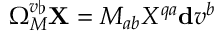
\Omega _ { M } ^ { v \flat } \mathbf { X } = M _ { a b } X ^ { q a } \mathbf { d } v ^ { b }